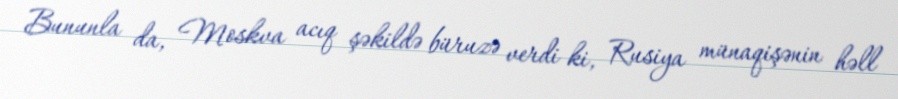
Bununla da, Moskva acıq şəkildə büruzə verdi ki, Rusiya münaqişənin həll